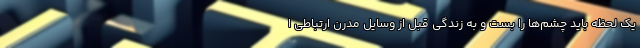
یک لحظه باید چشم‌ها را بست و به زندگی قبل از وسایل مدرن ارتباطی ا